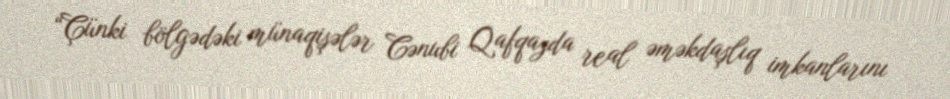
“Çünki bölgədəki münaqişələr Cənubi Qafqazda real əməkdaşlıq imkanlarını